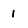
Character: 1